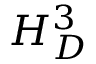
H _ { \cal D } ^ { 3 }